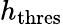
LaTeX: h_{\mathrm{thres}}